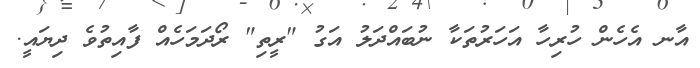
އާނ އެހެން ހުރިހާ އަހަރުތަކާ ނުބައްދަލު އަގު "ރީތި" ރޯދަމަހެއް ފާއިތުވެ ދިޔައީ.